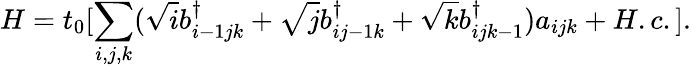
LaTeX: H=t_{0}[\sum_{i,j,k}(\sqrt{i}b_{i-1jk}^{\dagger}+\sqrt{j}b_{ij-1k}^{\dagger}+\sqrt{k}b_{ijk-1}^{\dagger})a_{ijk}+H.c.].